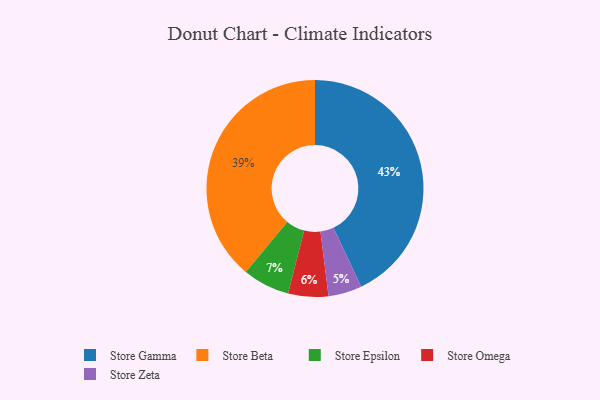
{"axis": {"x": "Category", "y": "Percentage"}, "legend": ["Store Beta", "Store Epsilon", "Store Gamma", "Store Omega", "Store Zeta"], "data": [{"x": "Store Beta", "y": 39, "type": "Store Beta"}, {"x": "Store Epsilon", "y": 7, "type": "Store Epsilon"}, {"x": "Store Omega", "y": 6, "type": "Store Omega"}, {"x": "Store Gamma", "y": 43, "type": "Store Gamma"}, {"x": "Store Zeta", "y": 5, "type": "Store Zeta"}]}